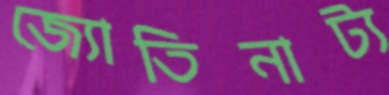
জ্যোতিনাট্য